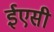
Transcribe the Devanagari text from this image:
ईएसी